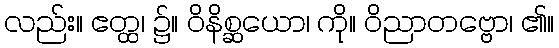
လည်း။ ဧတ္ထ၊ ၌။ ဝိနိစ္ဆယော၊ ကို။ ဝိညာတဗ္ဗော၊ ၏။